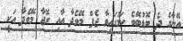
އޭނާގެ ދެ ބޮޑުބޭބެ ކަމުގައިވާ ޖެފް މޭވެދާ އާއި ރޮޖާ މޭވެދާ އަކީ